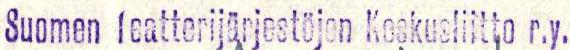
Suomen teatterijärjestöjen Keskusliitto r.y.